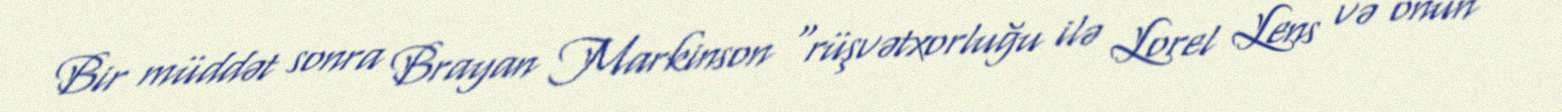
Bir müddət sonra Brayan Markinson "rüşvətxorluğu ilə Lorel Lens və onun